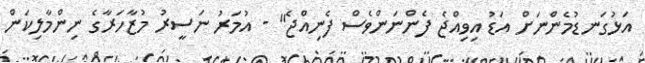
އަޅުގަނޑުމެންނަށް އަޑު އިވިއްޖެ ފެންނަންވެސް ފެނިއްޖެ" - އުމަރު ނަސީރު މުޒާހަރާގެ ނިންމާލިކަން